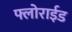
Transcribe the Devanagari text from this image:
फ्लोराईड